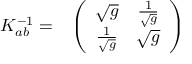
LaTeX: \begin{array} { c c } { { K _ { a b } ^ { - 1 } = } } & { { \left( \begin{array} { c c } { { \sqrt { g } } } & { { { \frac { 1 } { \sqrt { g } } } } } \\ { { { \frac { 1 } { \sqrt { g } } } } } & { { \sqrt { g } } } \end{array} \right) } } \end{array}